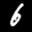
Label: 6